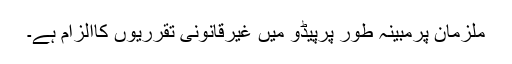
ملزمان پرمبینہ طور پرپیڈو میں غیرقانونی تقرریوں کاالزام ہے۔